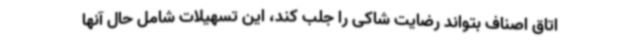
اتاق اصناف بتواند رضایت شاکی را جلب کند، این تسهیلات شامل حال آنها